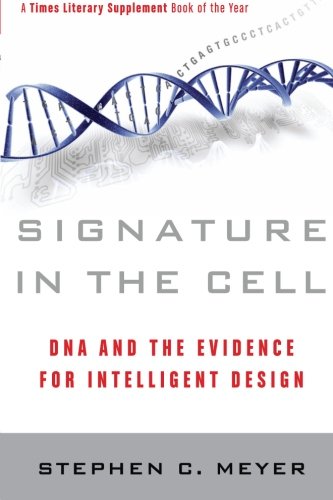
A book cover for Signature in the Cell: DNA and the Evidence for Intelligent Design; Stephen C. Meyer; Medical Books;